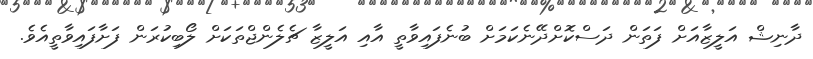
ދާނިޝް އަލީޒާއަށް ފަތަން ދަސްކޮށްދޭނެކަމަށް ބުނެފައިވާތީ އާއި އަލީޒާ ޗެލެންޖްތަކަށް ލޯބިކުރަން ފަށާފައިވާތީއެވެ.